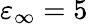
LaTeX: \varepsilon_{\infty}=5